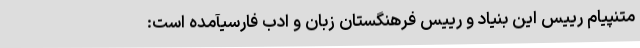
متنپیام رییس این بنیاد و رییس فرهنگستان زبان و ادب فارسیآمده است: